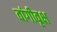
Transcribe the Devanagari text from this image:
वांगीवृक्ष